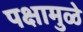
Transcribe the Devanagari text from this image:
पक्षामुळे